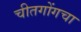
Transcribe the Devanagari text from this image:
चीतगोंगचा